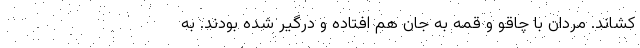
کشاند. مردان با چاقو و قمه به جان هم افتاده و درگیر شده بودند. به